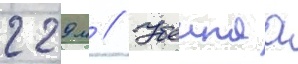
229 м // Убоинаа